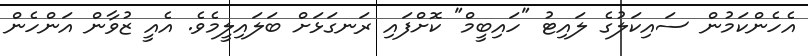
އެހެންކަމުން ސައިކަލުގެ ލައިޓު "ހައިބީމް" ކޮށްފައި ރަނގަޅަށް ބަލައިލީމެވެ. އެއީ ޒުވާން އަންހެން